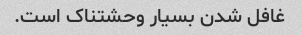
غافل شدن بسیار وحشتناک است.